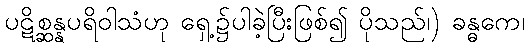
ပဋိစ္ဆန္နပရိဝါသံဟု ရှေ့၌ပါခဲ့ပြီးဖြစ်၍ ပိုသည်၊) ခန္ဓကေ၊